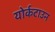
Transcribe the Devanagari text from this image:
योर्कटाउन